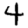
Digit: 4